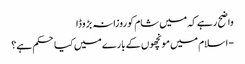
واضح رہے کہ میں شام کو روزانہ بڑوڈا
- اسلام میں مونچھوں کے بارے میں کیا حکم ہے؟